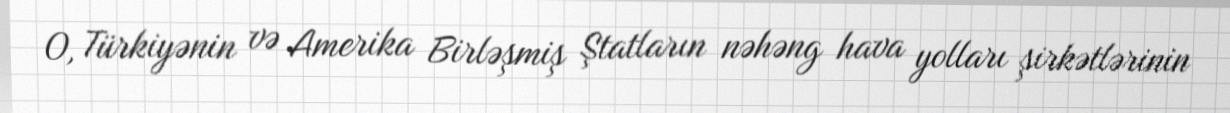
O, Türkiyənin və Amerika Birləşmiş Ştatların nəhəng hava yolları şirkətlərinin